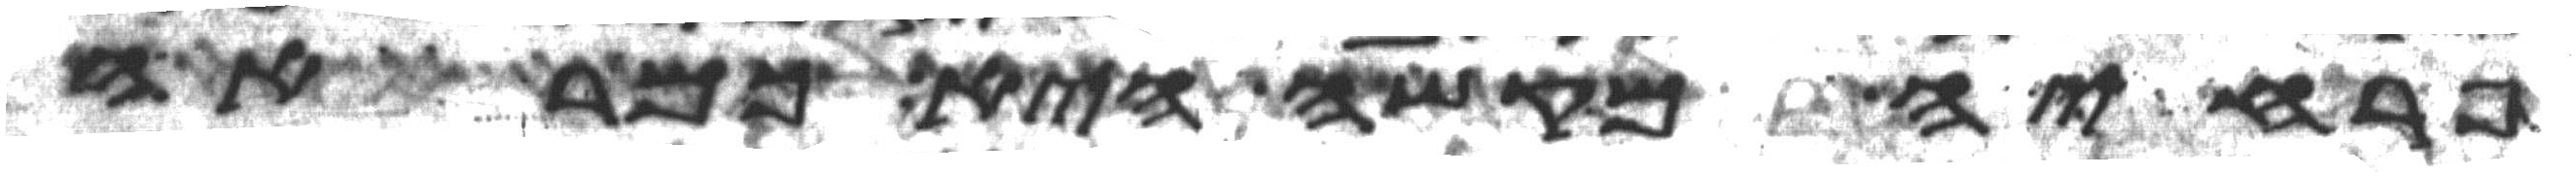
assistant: פרחיה מקשה היא כמראה